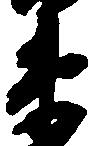
衛